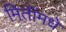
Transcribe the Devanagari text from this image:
मितींमधे